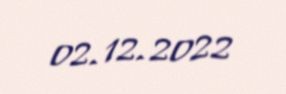
02.12.2022